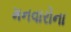
મનવારોના